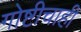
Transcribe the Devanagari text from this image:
गोष्टीचाही